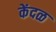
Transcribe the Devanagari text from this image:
केंदळ